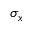
\sigma _ { x }